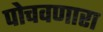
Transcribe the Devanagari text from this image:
पोचवणारा